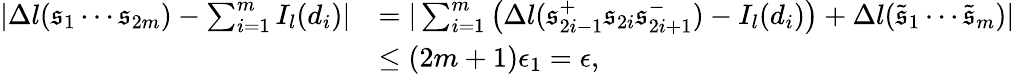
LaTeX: \begin{array}{rl}{|\Delta l(\mathfrak{s}_{1}\cdots\mathfrak{s}_{2m})-\sum_{i=1}^{m}I_{l}(d_{i})|}&{=|\sum_{i=1}^{m}\left(\Delta l(\mathfrak{s}_{2i-1}^{+}\mathfrak{s}_{2i}\mathfrak{s}_{2i+1}^{-})-I_{l}(d_{i})\right)+\Delta l(\tilde{\mathfrak{s}}_{1}\cdots\tilde{\mathfrak{s}}_{m})|}\\ &{\leq(2m+1)\epsilon_{1}=\epsilon,}\end{array}